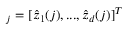
_ j = [ \hat { z } _ { 1 } ( j ) , . . . , \hat { z } _ { d } ( j ) ] ^ { T }